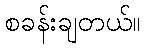
စခန်းချတယ်။